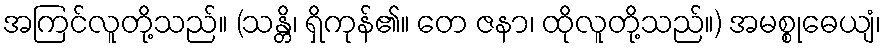
အကြင်လူတို့သည်။ (သန္တိ၊ ရှိကုန်၏။ တေ ဇနာ၊ ထိုလူတို့သည်။) အမစ္စုဓေယျံ၊